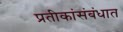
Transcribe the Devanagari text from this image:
प्रतीकांसंबंधात